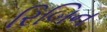
રિબિન